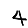
Digit: 4